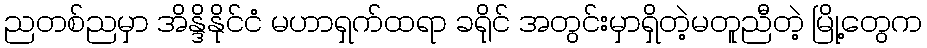
ညတစ်ညမှာ အိန္ဒိနိုင်ငံ မဟာရှက်ထရာ ခရိုင် အတွင်းမှာရှိတဲ့မတူညီတဲ့ မြို့တွေက